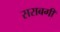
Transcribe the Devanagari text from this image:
सराबगी